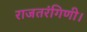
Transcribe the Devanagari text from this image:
राजतरंगिणी।